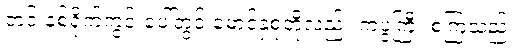
တင်းနစ်ရိုက်ကွင်းပေါ်တွင် မောင်နှံစုံတို့လည်း ကပွဲကြီး စကြသည်။